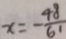
x = - \frac { 4 8 } { 6 1 }